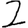
Digit: 2